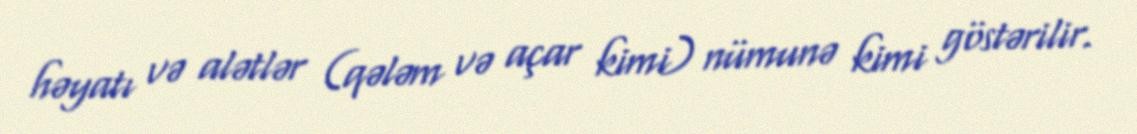
həyatı və alətlər (qələm və açar kimi) nümunə kimi göstərilir.